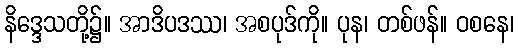
နိဒ္ဒေသတို့၌။ အာဒိပဒဿ၊ အစပုဒ်ကို။ ပုန၊ တစ်ဖန်။ ဝစနေ၊